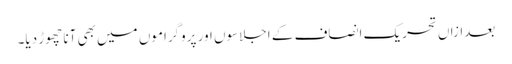
بعدازاں تحریک انصاف کے اجلاسوں اور پروگراموں میں بھی آنا چھوڑ دیا۔